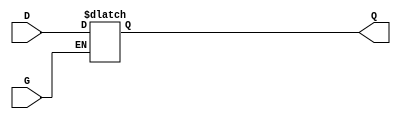
module gated_transparent_latch (
    input wire D,      // Data input
    input wire G,      // Enable signal
    output reg Q       // Output
);

// Always block to model the latch behavior
always @(*) begin
    if (G) begin
        // When G is high, Q follows D
        Q = D;
    end else begin
        // When G is low, Q holds its last value
        Q = Q; // Retain the previous value
    end
end

endmodule